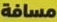
مسافة